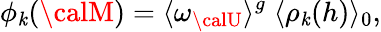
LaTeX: \phi_{\mathit{k}}({\calM})=\langle\omega_{\calU}\rangle^{g}\; \langle\rho_{\mathit{k}}(h)\rangle_{0}\mathrm{{,}}